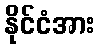
နိုင်ငံအား